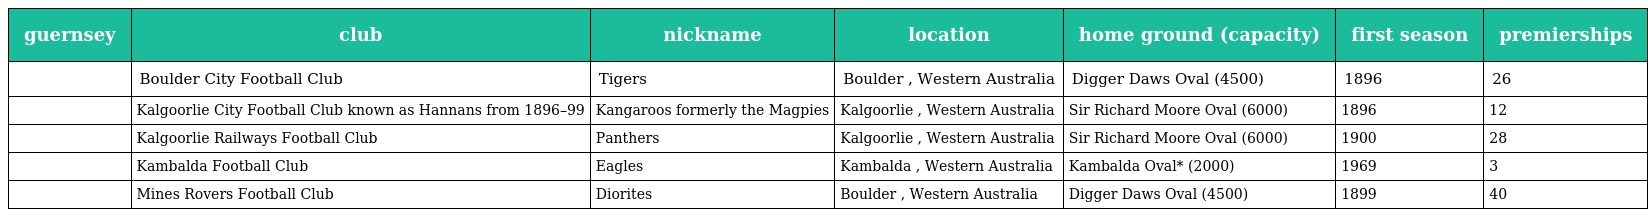
| guernsey | club | nickname | location | home ground (capacity) | first season | premierships |
 | --- | --- | --- | --- | --- | --- | --- |
 |  | Boulder City Football Club | Tigers | Boulder , Western Australia | Digger Daws Oval (4500) | 1896 | 26 |
 |  | Kalgoorlie City Football Club known as Hannans from 1896–99 | Kangaroos formerly the Magpies | Kalgoorlie , Western Australia | Sir Richard Moore Oval (6000) | 1896 | 12 |
 |  | Kalgoorlie Railways Football Club | Panthers | Kalgoorlie , Western Australia | Sir Richard Moore Oval (6000) | 1900 | 28 |
 |  | Kambalda Football Club | Eagles | Kambalda , Western Australia | Kambalda Oval* (2000) | 1969 | 3 |
 |  | Mines Rovers Football Club | Diorites | Boulder , Western Australia | Digger Daws Oval (4500) | 1899 | 40 |